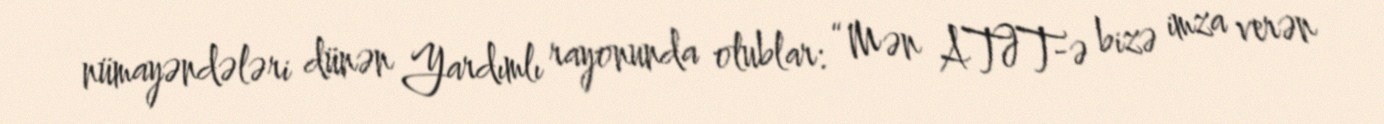
nümayəndələri dünən Yardımlı rayonunda olublar: “Mən ATƏT-ə bizə imza verən